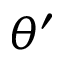
\theta ^ { \prime }